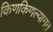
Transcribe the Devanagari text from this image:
किणकिणल्यागत